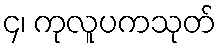
၄၊ ကုလူပကသုတ်